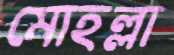
মোহল্লা